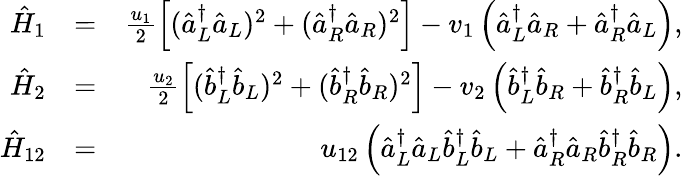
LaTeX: \begin{array}{rlr}{\hat{H}_{1}}&{=}&{\frac{u_{1}}{2}\left[(\hat{a}_{L}^{\dagger}\hat{a}_{L})^{2}+(\hat{a}_{R}^{\dagger}\hat{a}_{R})^{2}\right]-v_{1}\left(\hat{a}_{L}^{\dagger}\hat{a}_{R}+\hat{a}_{R}^{\dagger}\hat{a}_{L}\right),}\\ {\hat{H}_{2}}&{=}&{\frac{u_{2}}{2}\left[(\hat{b}_{L}^{\dagger}\hat{b}_{L})^{2}+(\hat{b}_{R}^{\dagger}\hat{b}_{R})^{2}\right]-v_{2}\left(\hat{b}_{L}^{\dagger}\hat{b}_{R}+\hat{b}_{R}^{\dagger}\hat{b}_{L}\right),}\\ {\hat{H}_{12}}&{=}&{u_{12}\left(\hat{a}_{L}^{\dagger}\hat{a}_{L}\hat{b}_{L}^{\dagger}\hat{b}_{L}+\hat{a}_{R}^{\dagger}\hat{a}_{R}\hat{b}_{R}^{\dagger}\hat{b}_{R}\right).}\end{array}